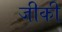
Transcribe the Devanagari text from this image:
जीकी